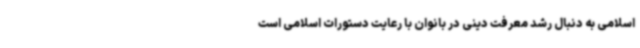
اسلامی به دنبال رشد معرفت دینی در بانوان با رعایت دستورات اسلامی است